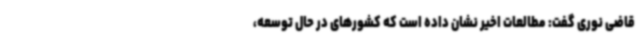
قاضی نوری گفت: مطالعات اخیر نشان داده است که کشورهای در حال توسعه،